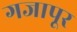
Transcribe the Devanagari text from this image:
गजापूर